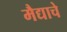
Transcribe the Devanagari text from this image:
मैद्याचे